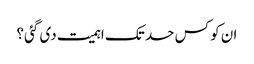
ان کو کس حد تک اہمیت دی گئی؟